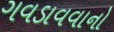
ગવડાવવાનો